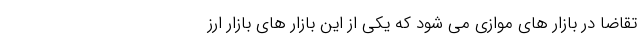
تقاضا در بازار های موازی می شود که یکی از این بازار های بازار ارز